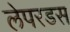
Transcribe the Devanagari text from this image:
लेपरडस